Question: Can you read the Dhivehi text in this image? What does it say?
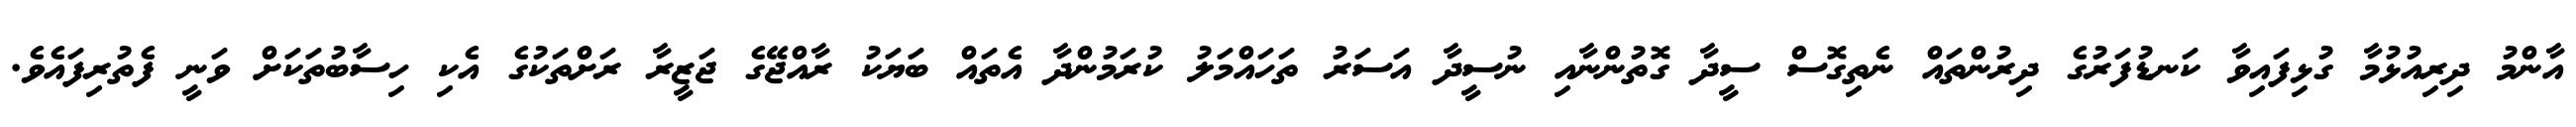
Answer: އާންމު ދިރިއުޅުމާ ގުޅިފައިވާ ކަނޑުފަރުގެ ދިރުންތައް ނެތިގޮސް ސީދާ ގޮތުންނާއި ނުސީދާ އަސަރު ތަހައްމަލު ކުރަމުންދާ އެތައް ބަޔަކު ރާއްޖޭގެ ޖަޒީރާ ރަށްތަކުގެ އެކި ހިސާބުތަކަށް ވަނީ ފެތުރިފައެވެ.